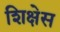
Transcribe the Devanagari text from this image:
शिक्षेस